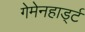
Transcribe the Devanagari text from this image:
गेमेनहार्ड्ट